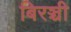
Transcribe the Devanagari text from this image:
बिरञ्ची